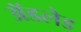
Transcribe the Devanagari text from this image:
अॅडलेड